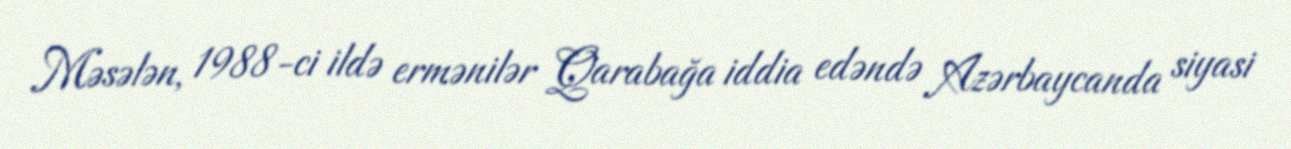
Məsələn, 1988-ci ildə ermənilər Qarabağa iddia edəndə Azərbaycanda siyasi